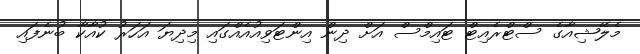
މެލޭޝިއާގެ ސްޓްރެއިޓް ޓައިމްސް އަށް ދިން އިންޓަވިއުއެއްގައި މިދިޔަ އަހަރު ކުއާކާ ބުނެފައި